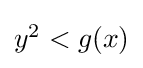
{\textstyle y^{2}<g(x)}